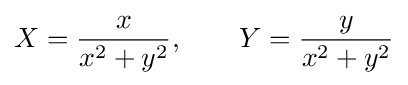
X={\frac {x}{x^{2}+y^{2}}},\qquad Y={\frac {y}{x^{2}+y^{2}}}